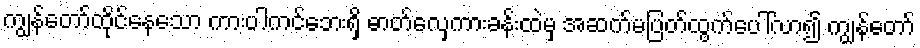
ကျွန်တော်ထိုင်နေသော ကားပါကင်ဘေးရှိ ဓာတ်လှေကားခန်းထဲမှ အဆက်မပြတ်ထွက်ပေါ်လာ၍ ကျွန်တော်